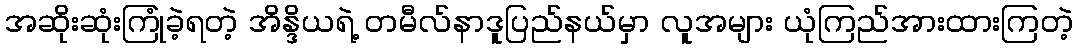
အဆိုးဆုံးကြုံခဲ့ရတဲ့ အိန္ဒိယရဲ့ တမီလ်နာဒူပြည်နယ်မှာ လူအများ ယုံကြည်အားထားကြတဲ့